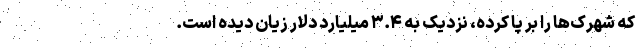
که شهرک‌ها را بر پا کرده، نزدیک به ۳.۴ میلیارد دلار زیان دیده است.